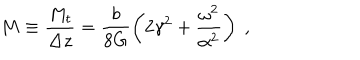
M \equiv \frac { M _ { t } } { \Delta z } = \frac { b } { 8 G } \left( 2 \gamma ^ { 2 } + \frac { \omega ^ { 2 } } { \alpha ^ { 2 } } \right) \; ,